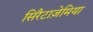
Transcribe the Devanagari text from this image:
सिरैटाज़ेमिया